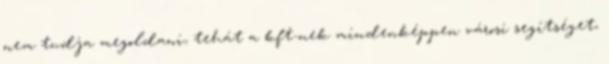
nem tudja megoldani, tehát a kft-nek mindenképpen városi segítséget,